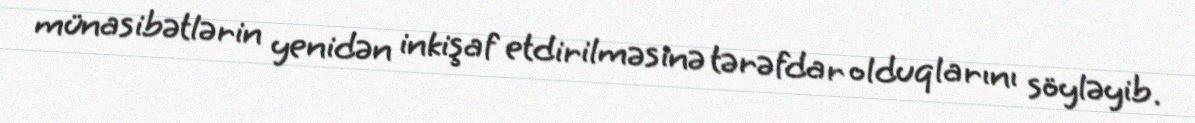
münasibətlərin yenidən inkişaf etdirilməsinə tərəfdar olduqlarını söyləyib.